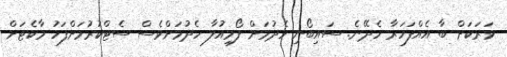
ވަރަކަށް ބާ އެއްފަހަރާ ހެދޭނެ. ސައިބޯނި ހެދުމަށް ފޯމިއުލާ ހެދުމަށްވެސް ސެޓްކުރުމަށްފަހު މާކެޓަށް